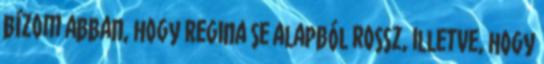
bízom abban, hogy Regina se alapból rossz, illetve, hogy